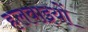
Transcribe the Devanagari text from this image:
हलवाइयों